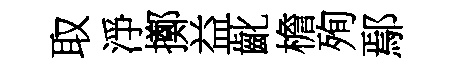
取淨擲益齔檐殉鄢